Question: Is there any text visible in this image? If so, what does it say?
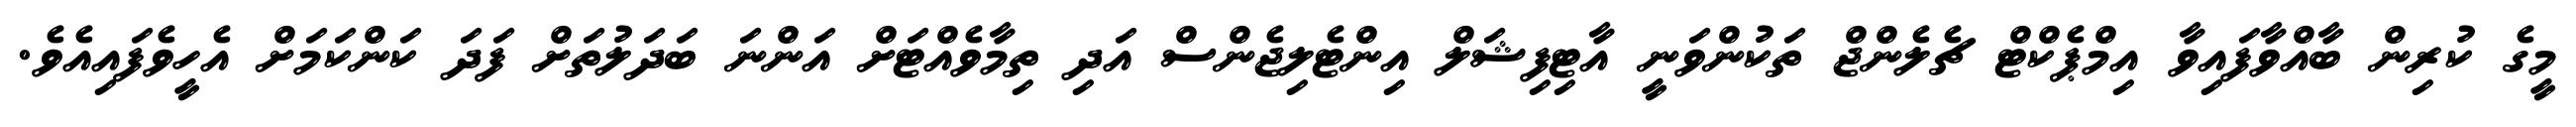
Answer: މީގެ ކުރިން ބާއްވާފައިވާ އިމްޕެކްޓް ޗެލެންޖް ތަކުންވަނީ އާޓިފިޝަލް އިންޓެލިޖެންސް އަދި ތިމާވެއްޓަށް އަންނަ ބަދަލުތަށް ފަދަ ކަންކަމަށް އެހީވެފައިއެވެ.